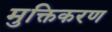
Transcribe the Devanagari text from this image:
मुक्तिकरण